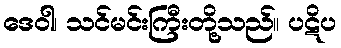
ဒေဝါ၊ သင်မင်းကြီးတို့သည်။ ပဋိပ